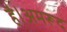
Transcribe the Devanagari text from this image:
है।अमरूद